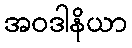
အဝဒါနိယာ